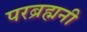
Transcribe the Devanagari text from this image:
परब्रह्मनी